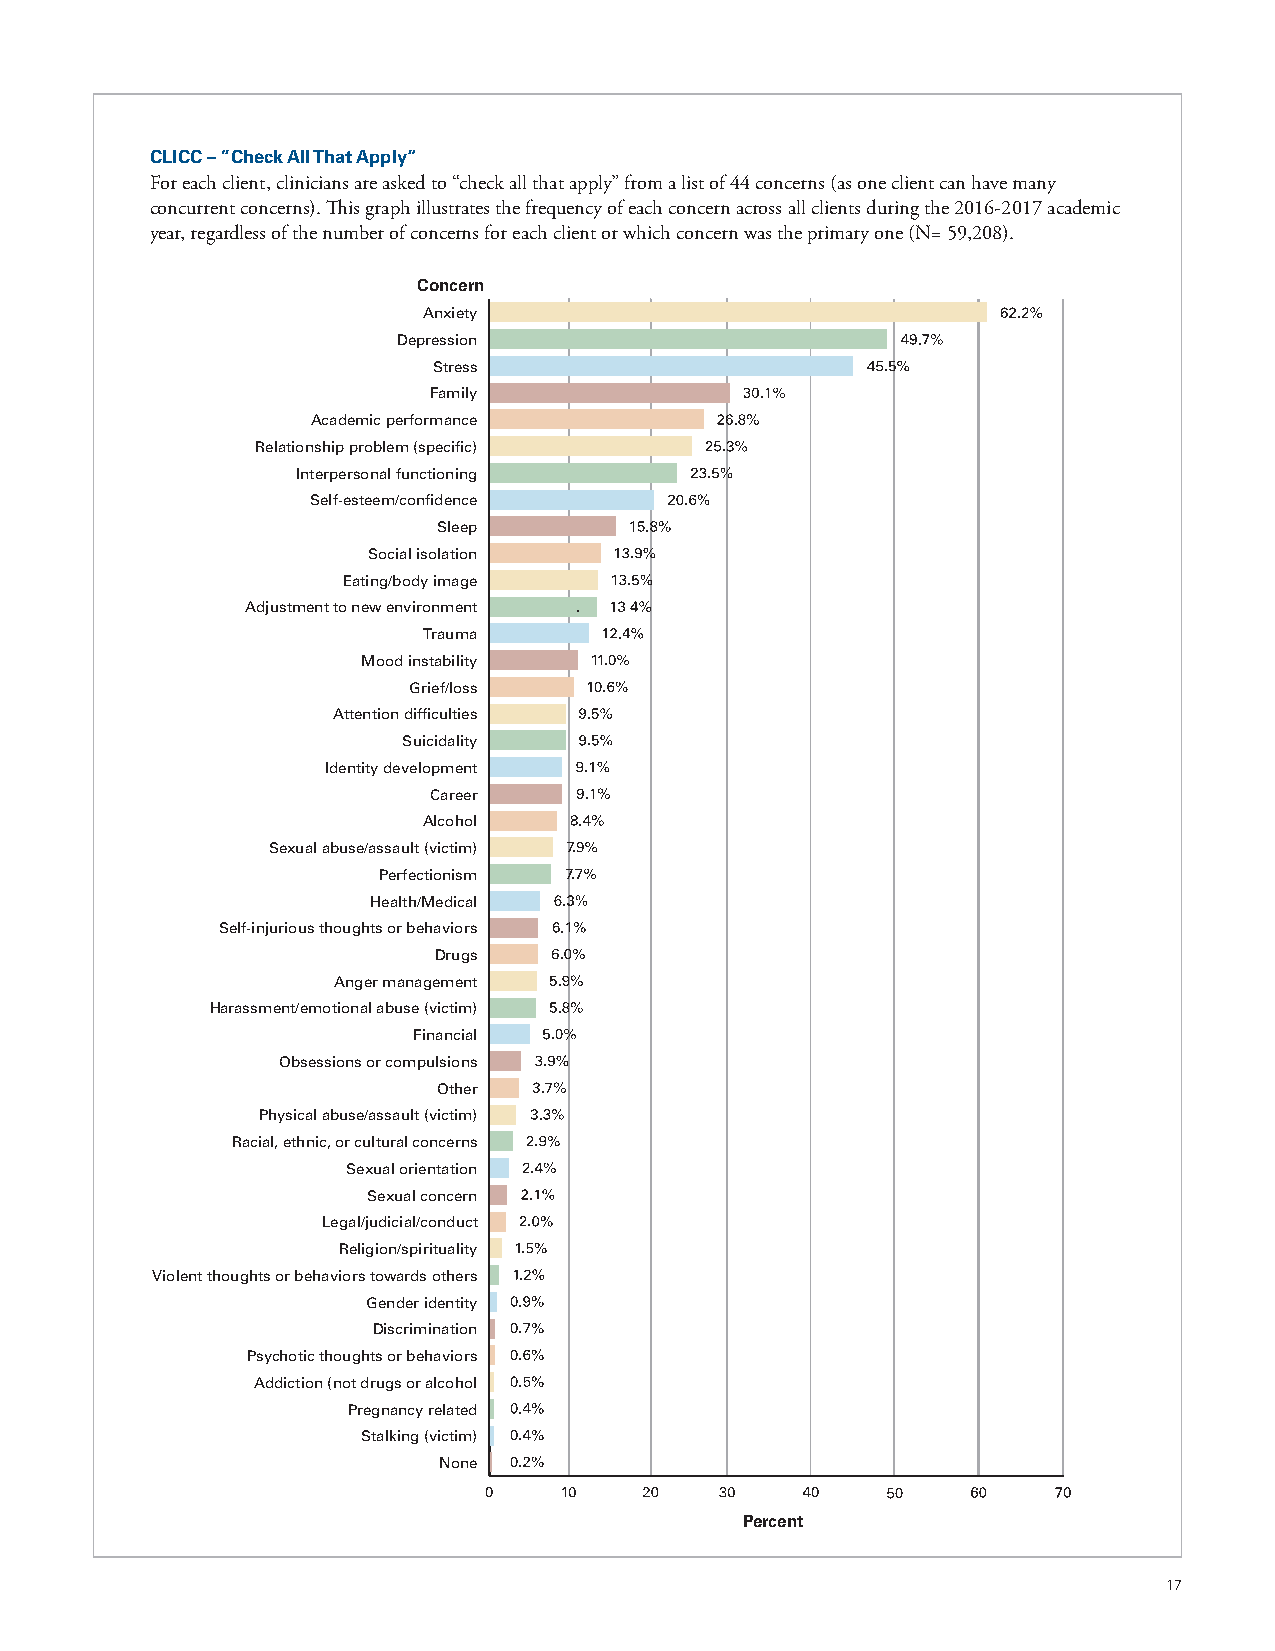
CLICC – “Check All That Apply”
 For each client, clinicians are asked to “check all that apply” from a list of 44 concerns (as one client can have many
 concurrent concerns). This graph illustrates the frequency of each concern across all clients during the 2016-2017 academic
 year, regardless of the number of concerns for each client or which concern was the primary one (N= 59,208).
 Concern
 Anxiety
 Depression
 Stress
 Family
 Academic performance
 Relationship problem (specific)
 Interpersonal functioning
 Self-esteem/confidence
 Sleep
 Social isolation
 Eating/body image
 Adjustment to new environment
 Trauma
 Mood instability
 Grief/loss
 Attention difficulties
 Suicidality
 Identity development
 Career
 Alcohol
 Sexual abuse/assault (victim)
 Perfectionism
 Health/Medical
 Self-injurious thoughts or behaviors
 Drugs
 Anger management
 Harassment/emotional abuse (victim)
 Financial
 Obsessions or compulsions
 Other
 Physical abuse/assault (victim)
 Racial, ethnic, or cultural concerns
 Sexual orientation
 Sexual concern
 Legal/judicial/conduct
 Religion/spirituality
 Violent thoughts or behaviors towards others
 Gender identity
 Discrimination
 Psychotic thoughts or behaviors
 Addiction (not drugs or alcohol
 Pregnancy related
 Stalking (victim)
 None
 0
 Percent
 17